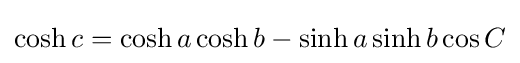
\cosh c=\cosh a\cosh b-\sinh a\sinh b\cos C